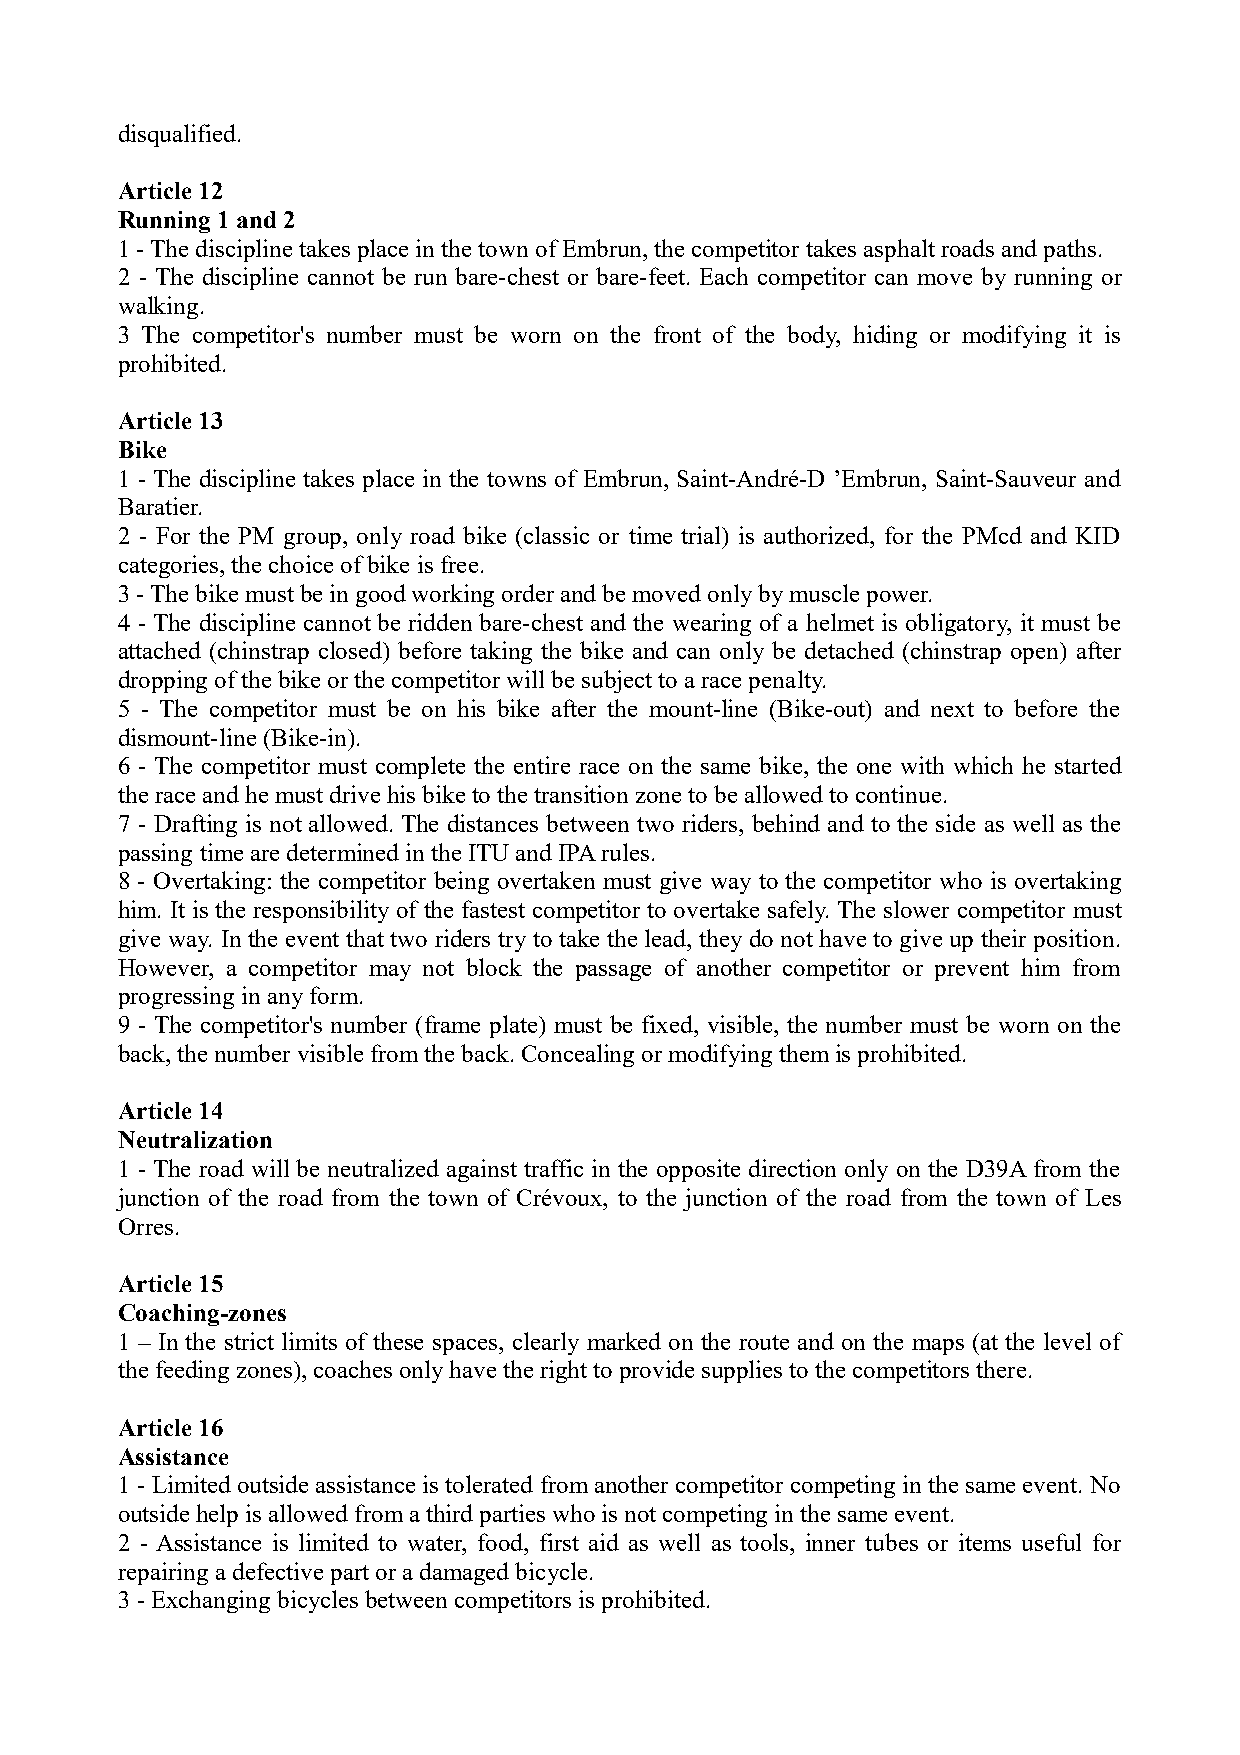
disqualified.
 Article 12
 Running 1 and 2
 1 - The discipline takes place in the town of Embrun, the competitor takes asphalt roads and paths.
 2 - The discipline cannot be run bare-chest or bare-feet. Each competitor can move by running or
 walking.
 3 The competitor's number must be worn on the front of the body, hiding or modifying it is
 prohibited.
 Article 13
 Bike
 1 - The discipline takes place in the towns of Embrun, Saint-André-D ’Embrun, Saint-Sauveur and
 Baratier.
 2 - For the PM group, only road bike (classic or time trial) is authorized, for the PMcd and KID
 categories, the choice of bike is free.
 3 - The bike must be in good working order and be moved only by muscle power.
 4 - The discipline cannot be ridden bare-chest and the wearing of a helmet is obligatory, it must be
 attached (chinstrap closed) before taking the bike and can only be detached (chinstrap open) after
 dropping of the bike or the competitor will be subject to a race penalty.
 5 - The competitor must be on his bike after the mount-line (Bike-out) and next to before the
 dismount-line (Bike-in).
 6 - The competitor must complete the entire race on the same bike, the one with which he started
 the race and he must drive his bike to the transition zone to be allowed to continue.
 7 - Drafting is not allowed. The distances between two riders, behind and to the side as well as the
 passing time are determined in the ITU and IPA rules.
 8 - Overtaking: the competitor being overtaken must give way to the competitor who is overtaking
 him. It is the responsibility of the fastest competitor to overtake safely. The slower competitor must
 give way. In the event that two riders try to take the lead, they do not have to give up their position.
 However, a competitor may not block the passage of another competitor or prevent him from
 progressing in any form.
 9 - The competitor's number (frame plate) must be fixed, visible, the number must be worn on the
 back, the number visible from the back. Concealing or modifying them is prohibited.
 Article 14
 Neutralization
 1 - The road will be neutralized against traffic in the opposite direction only on the D39A from the
 junction of the road from the town of Crévoux, to the junction of the road from the town of Les
 Orres.
 Article 15
 Coaching-zones
 1 – In the strict limits of these spaces, clearly marked on the route and on the maps (at the level of
 the feeding zones), coaches only have the right to provide supplies to the competitors there.
 Article 16
 Assistance
 1 - Limited outside assistance is tolerated from another competitor competing in the same event. No
 outside help is allowed from a third parties who is not competing in the same event.
 2 - Assistance is limited to water, food, first aid as well as tools, inner tubes or items useful for
 repairing a defective part or a damaged bicycle.
 3 - Exchanging bicycles between competitors is prohibited.